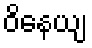
ဝိနေယျ